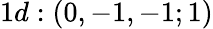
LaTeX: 1d:(0,-1,-1;1)